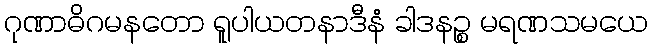
ဂုဏာဓိဂမနတော ရူပါယတနာဒီနံ ခါဒနဉ္စ မရဏသမယေ